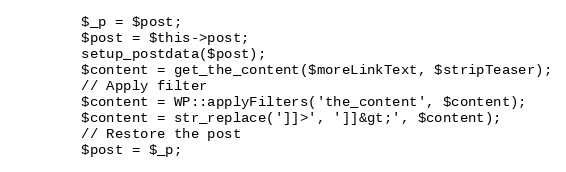
Language: PHP
        $_p = $post;
        $post = $this->post;
        setup_postdata($post);
        $content = get_the_content($moreLinkText, $stripTeaser);
        // Apply filter
        $content = WP::applyFilters('the_content', $content);
        $content = str_replace(']]>', ']]&gt;', $content);
        // Restore the post
        $post = $_p;